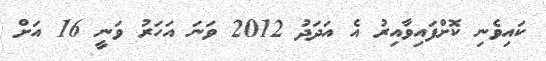
ކައިވެނި ކޮށްފައިވާއިރު އެ އަދަދު 2012 ވަނަ އަހަރު ވަނީ 16 އަށް